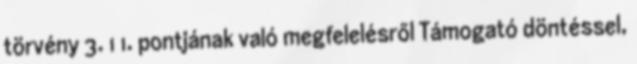
törvény 3. 1 1. pontjának való megfelelésről Támogató döntéssel,